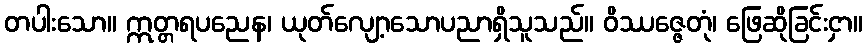
တပါးသော။ ဣတ္တရပညေန၊ ယုတ်လျော့သောပညာရှိသူသည်။ ဝိဿဇ္ဇေတုံ၊ ဖြေဆိုခြင်းငှာ။